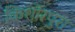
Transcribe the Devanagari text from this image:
किशोरपुरा